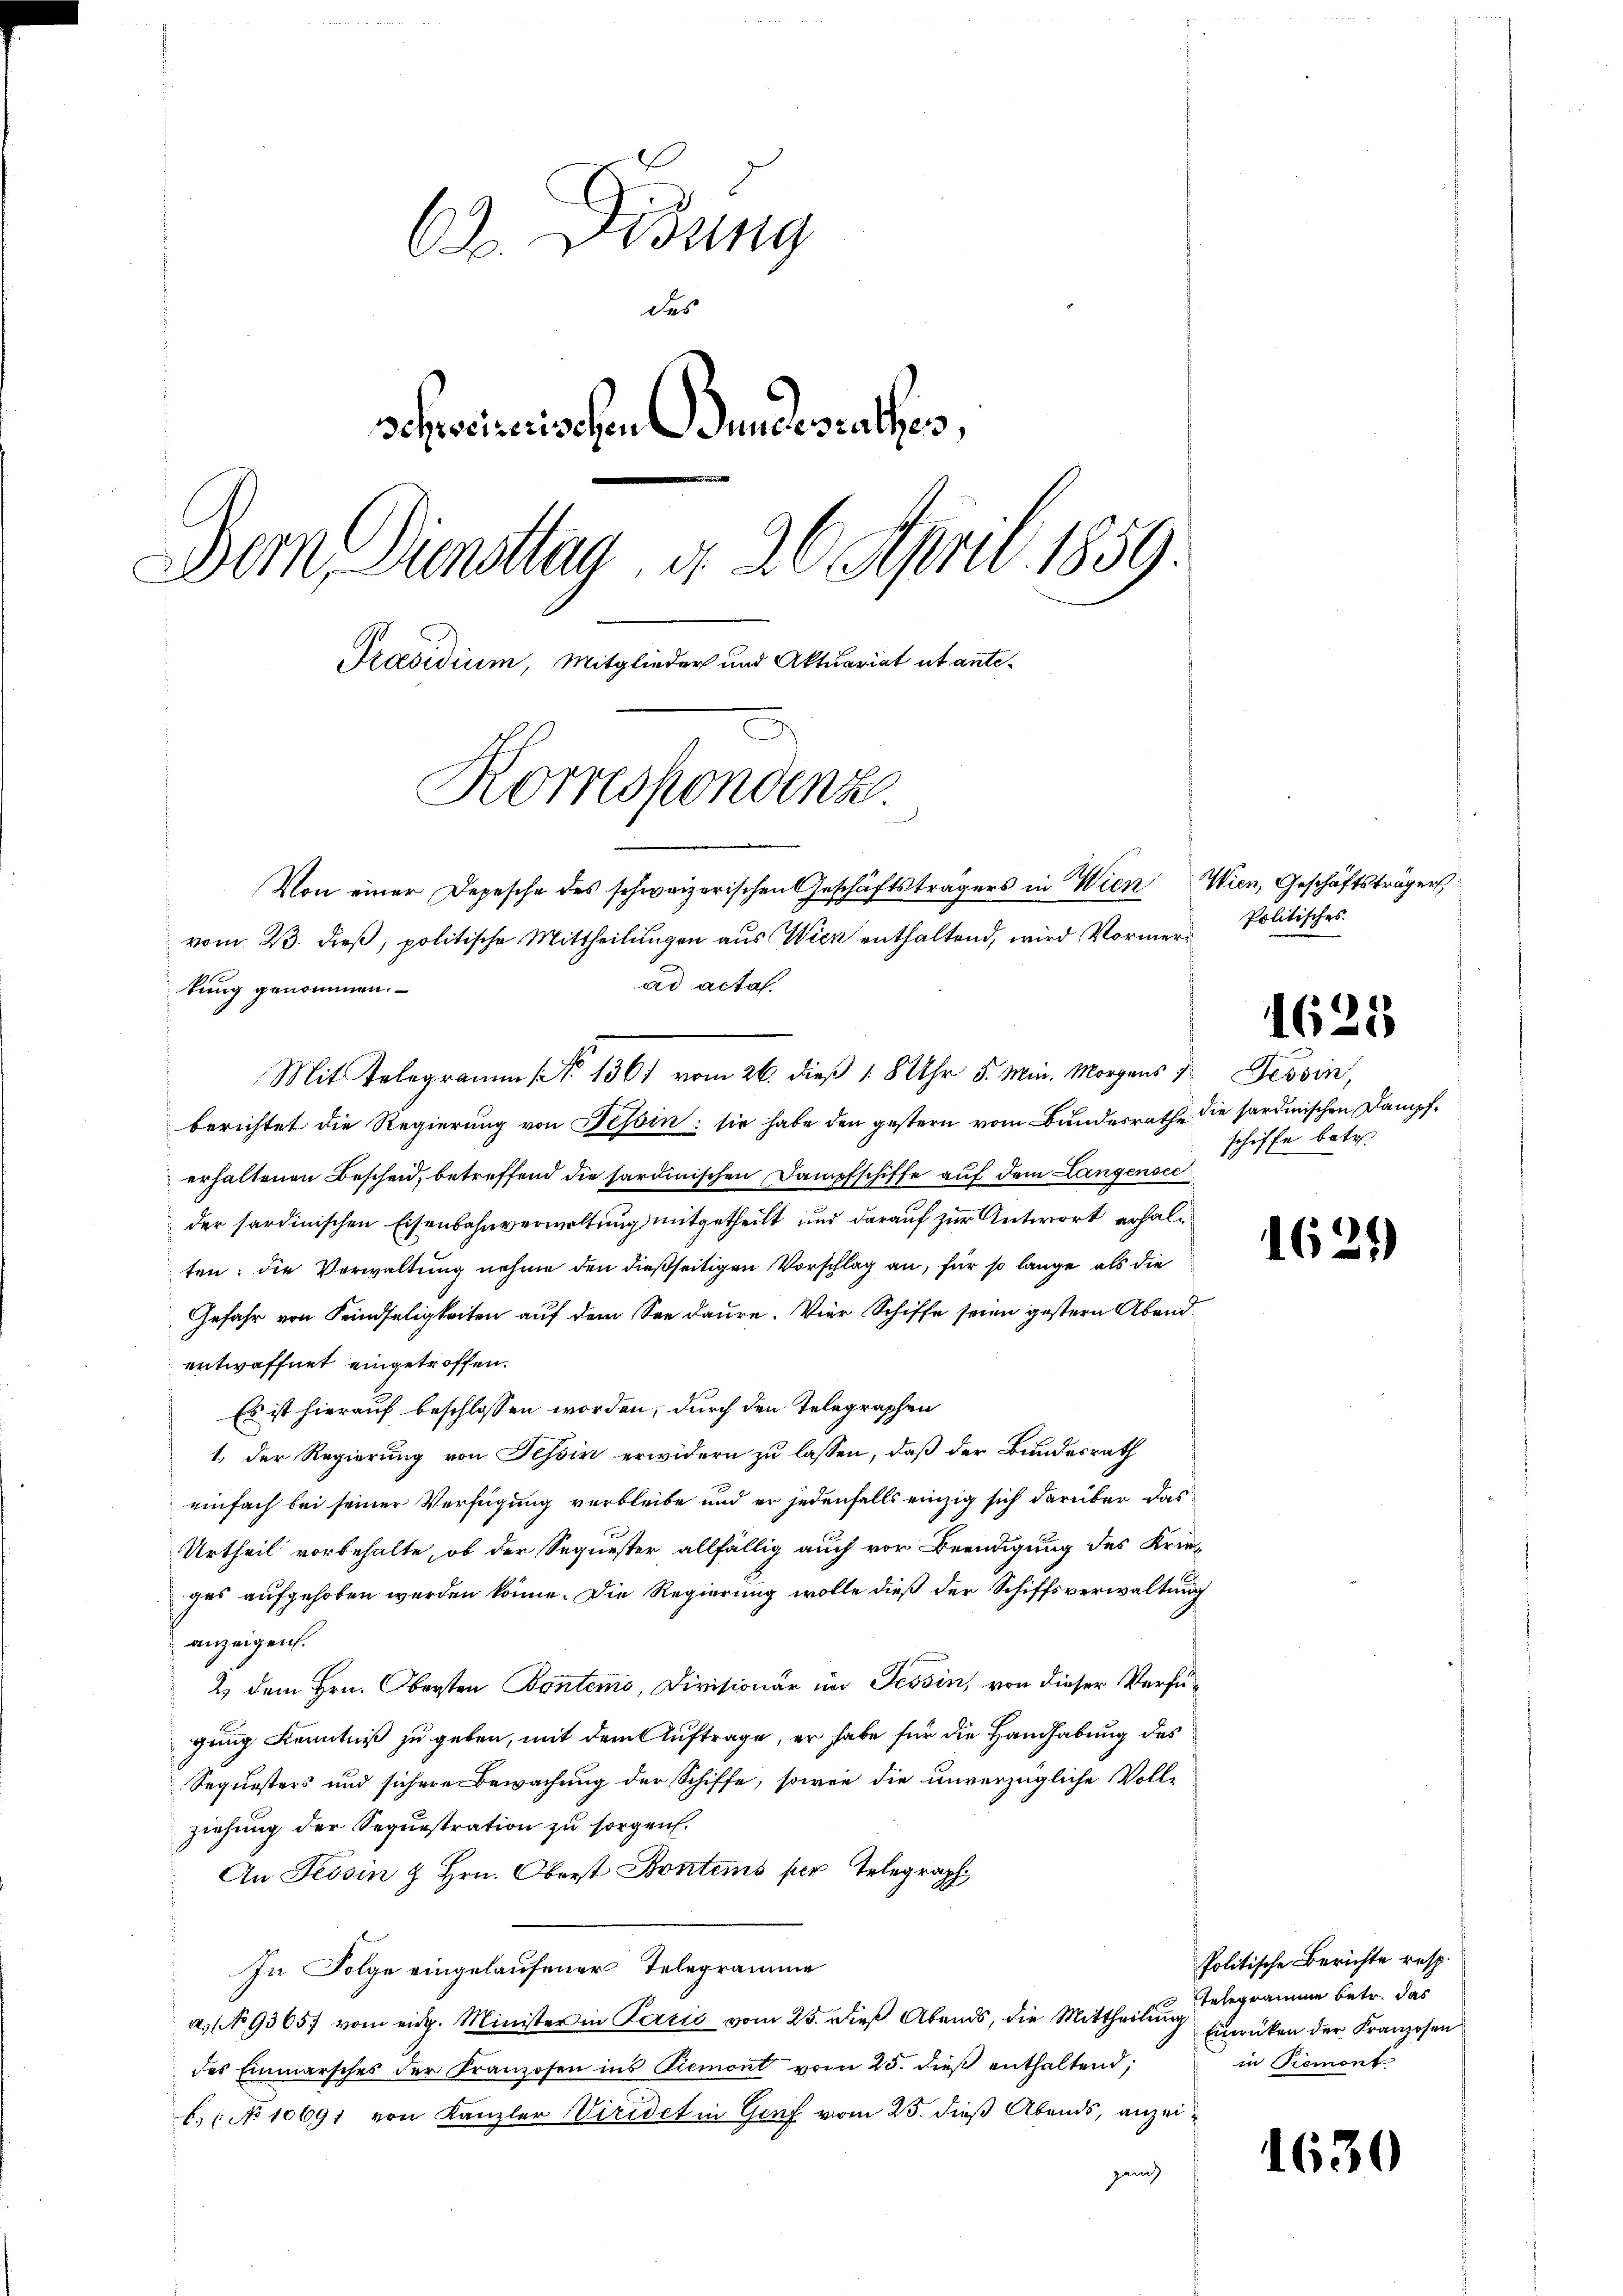
63. Disung
des
schweizerischen Gundesrathes,
Dem Dienstag, d. 26. April 1859.
Präsidium, Mitglieder und Aktuariat ut ante¬
Korrespondenz.
Von einer Depesche des schweizerischen Geschäftsträgers in Wien Wien, Geschäftsträger
vom 23. dieß, politische Mittheilungen aus Wien enthaltend, wird Vormer
ad acta.
kung genommen.

Mit Telegramm No 1361 vom 26. dieß 18 Uhr 5. Min. Morgens z. Tessin,
berichtet die Regierung von Tessin: sie habe den gestern vom Bundesrathe die sardinischen Dampferhaltenen Bescheid, betreffend die sardinischen Dampfschiffe auf dem Langensee
der sardinischen Eisenbahnverwaltung mitgetheilt und darauf zur Antwort erhalten: die Verwaltung nehme den dießseitigen Vorschlag an, für so lange als die
Gefahr von Feindseligkeiten auf dem Seedaure. Vier Schiffe seien gestern Abendentwaffnet eingetroffen.
Es ist hierauf beschlossen worden, durch den Telegraphen
1. Der Regierung von Tessin erwidern zu lassen, daß der Bundesrath
einfach bei seiner Verfügung verbleibe und er jedenfalls einzig sich darüber das
Urtheil vorbehalte, ob der Sequester allfällig auch vor Beendigung des Krie-
ges aufgehoben werden könne. Die Regierung wolle dieß der Schiffsverwaltung
anzeigen.
2. dem Hrn. Obersten Bontemo, Divisionär im Tessin, von dieser Verfügung Kenntniß zu geben, mit dem Auftrage, er habe für die Handhabung des
Sequesters und sichere Bewachung der Schiffe, sowie die unverzügliche Voll-
ziehung der Sequestration zu sorgen.
An Tessin & Hrn. Oberst Kontens per Telegraph
In Folge eingelaufener Telegramme
a, No 9365. vom eidg. Minister in Pazić vom 25. dieβ Abends, die Mittheilŭng Egerücken der Kranzosen
des Einmarsches der Franzosen ins Piemont vom 25. dieβ enthaltend;
b. No 10691 von Kanzler Viridet in Genf vom 25. dieß Abends, anzeigan

Politisches.

16.

schiffe betr.

162

163

5

.

Politische Berichte resp.
Telegramme betr. das
in Piemont